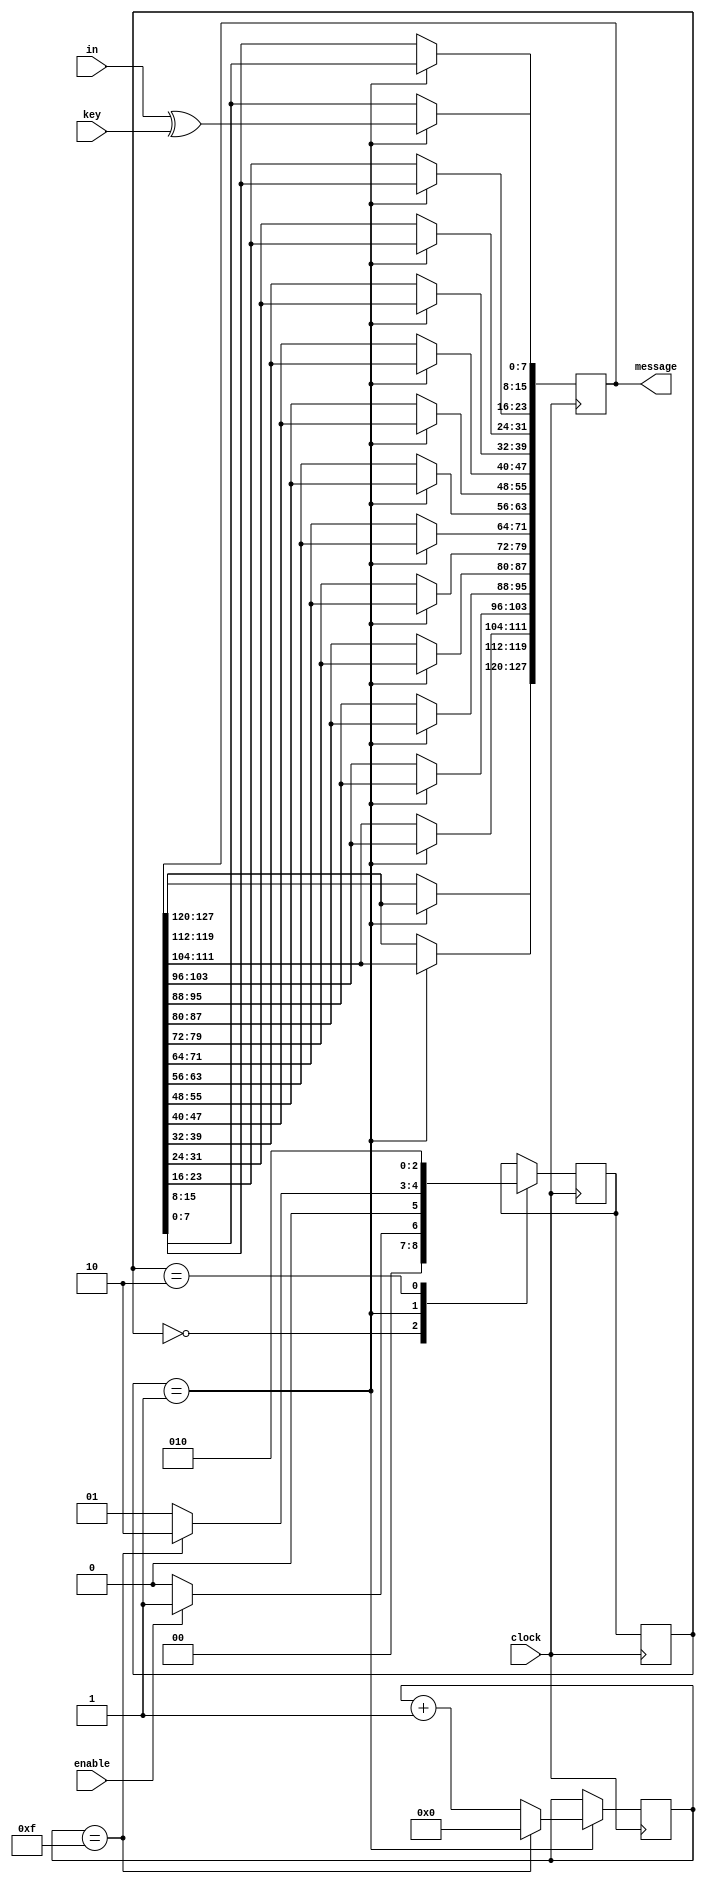
`timescale 1ns / 1ps
//////////////////////////////////////////////////////////////////////////////////
// Company: 
// Engineer: 
// 
// Design Name: 
// Module Name: top
// Project Name: 
// Target Devices: 
// Tool Versions: 
// Description: 
// 
// Dependencies: 
// 
// Revision:
// Revision 0.01 - File Created
// Additional Comments:
// 
//////////////////////////////////////////////////////////////////////////////////


module top(in, clock, enable, key, message);

parameter IDLE = 0, XOR = 1, SUBBYTE =2;


input [7:0] in, key;
input clock, enable;
output [127:0] message;

//FSM States
reg [2:0] currentState =IDLE; 
reg [2:0] nextState = IDLE;

//counters
reg [3:0] counter_XOR = 0;

//temp results
reg [127:0] temp_XOR = 0;

always@(posedge clock)begin
currentState <= nextState;
//end

//always@(*)begin
case (currentState)
    IDLE: begin
    if (enable == 1)begin
    nextState <= XOR;
    end else begin
    nextState <= IDLE;
    end
    end
    
    XOR: begin
    counter_XOR <= counter_XOR +1;
    
    temp_XOR [7:0] <= in ^ key;
    temp_XOR [15:8] <= temp_XOR [7:0];
    temp_XOR [23:16] <= temp_XOR [15:8];
    temp_XOR [31:24] <= temp_XOR [23:16];
    temp_XOR [39:32] <= temp_XOR [31:24];
    temp_XOR [47:40] <= temp_XOR [39:32];
    temp_XOR [55:48] <= temp_XOR [47:40];
    temp_XOR [63:56] <= temp_XOR [55:48];
    temp_XOR [71:64] <= temp_XOR [63:56];
    temp_XOR [79:72] <= temp_XOR [71:64];
    temp_XOR [87:80] <= temp_XOR [79:72];
    temp_XOR [95:88] <= temp_XOR [87:80];
    temp_XOR [103:96] <= temp_XOR [95:88];
    temp_XOR [111:104] <= temp_XOR [103:96];
    temp_XOR [119:112] <= temp_XOR [111:104];
    temp_XOR [127:120] <= temp_XOR [119:112];
    
    
    if (counter_XOR == 15)begin
    nextState <= SUBBYTE;
    counter_XOR <= 0;
    end else begin
    nextState <= XOR;
    end
    end 
    
    SUBBYTE: begin
    temp_XOR <= temp_XOR;
    nextState <= SUBBYTE;
    end
    endcase
    
    end
    
    
    
    assign message = temp_XOR;
    
    
    
    
    



endmodule